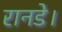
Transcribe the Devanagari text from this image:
रानडे।